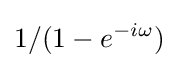
1/(1-e^{-i\omega })